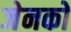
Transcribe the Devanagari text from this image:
जेनको